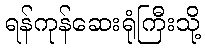
ရန်ကုန်ဆေးရုံကြီးသို့